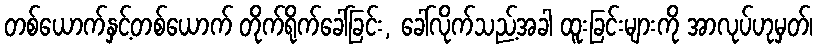
တစ်ယောက်နှင့်တစ်ယောက် တိုက်ရိုက်ခေါ်ခြင်း, ခေါ်လိုက်သည့်အခါ ထူးခြင်းများကို အာလုပ်ဟုမှတ်၊